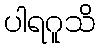
ပါရဂူသိ